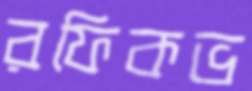
রফিকভ